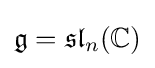
{\mathfrak {g}}={\mathfrak {sl}}_{n}(\mathbb {C} )